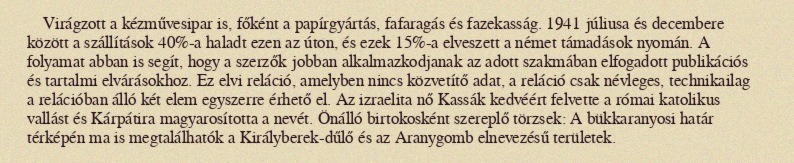
Virágzott a kézművesipar is, főként a papírgyártás, fafaragás és fazekasság. 1941 júliusa és decembere között a szállítások 40%-a haladt ezen az úton, és ezek 15%-a elveszett a német támadások nyomán. A folyamat abban is segít, hogy a szerzők jobban alkalmazkodjanak az adott szakmában elfogadott publikációs és tartalmi elvárásokhoz. Ez elvi reláció, amelyben nincs közvetítő adat, a reláció csak névleges, technikailag a relációban álló két elem egyszerre érhető el. Az izraelita nő Kassák kedvéért felvette a római katolikus vallást és Kárpátira magyarosította a nevét. Önálló birtokosként szereplő törzsek: A bükkaranyosi határ térképén ma is megtalálhatók a Királyberek-dűlő és az Aranygomb elnevezésű területek.